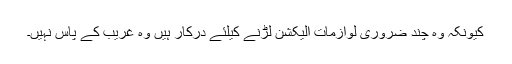
کیونکہ وہ چند ضروری لوازمات الیکشن لڑنے کیلئے درکار ہیں وہ غریب کے پاس نہیں۔